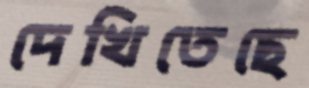
দেখিতেছে